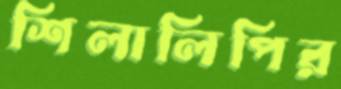
শিলালিপির